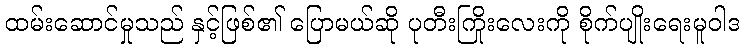
ထမ်းဆောင်မှုသည် နှင့်ဖြစ်၏ ပြောမယ်ဆို ပုတီးကြိုးလေးကို စိုက်ပျိုးရေးမူဝါဒ